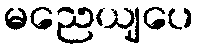
မညေယျပေ